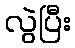
လွဲပြီး